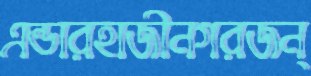
এন্ডারহাজীনগরজন্